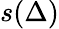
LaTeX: s(\Delta)